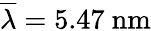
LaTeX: \overline{{\lambda}}=5.47~\textrm{nm}